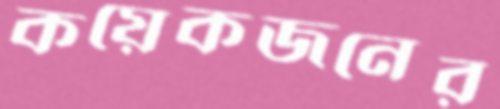
কয়েকজনের